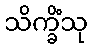
သိက္ခိံသု